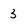
Character: 3